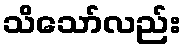
သိသော်လည်း